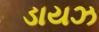
ડાયઝ